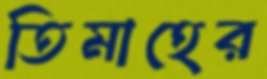
তিমাহের